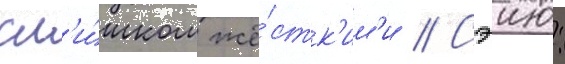
сл'и́шком жё́стк'им'и // Сэию: